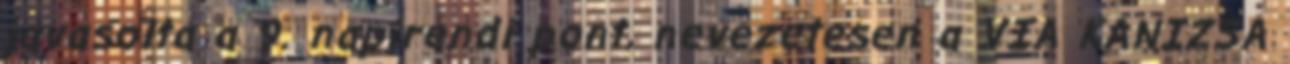
javasolta a 9. napirendi pont, nevezetesen a VIA KANIZSA